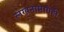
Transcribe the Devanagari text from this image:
लेखनामागेही